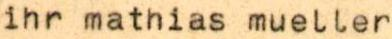
ihr mathias mueller